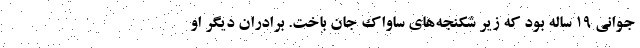
جوانی 19 ساله بود که زیر شکنجه‌های ساواک جان باخت. برادران دیگر او